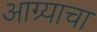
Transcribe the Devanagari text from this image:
आग्र्याचा